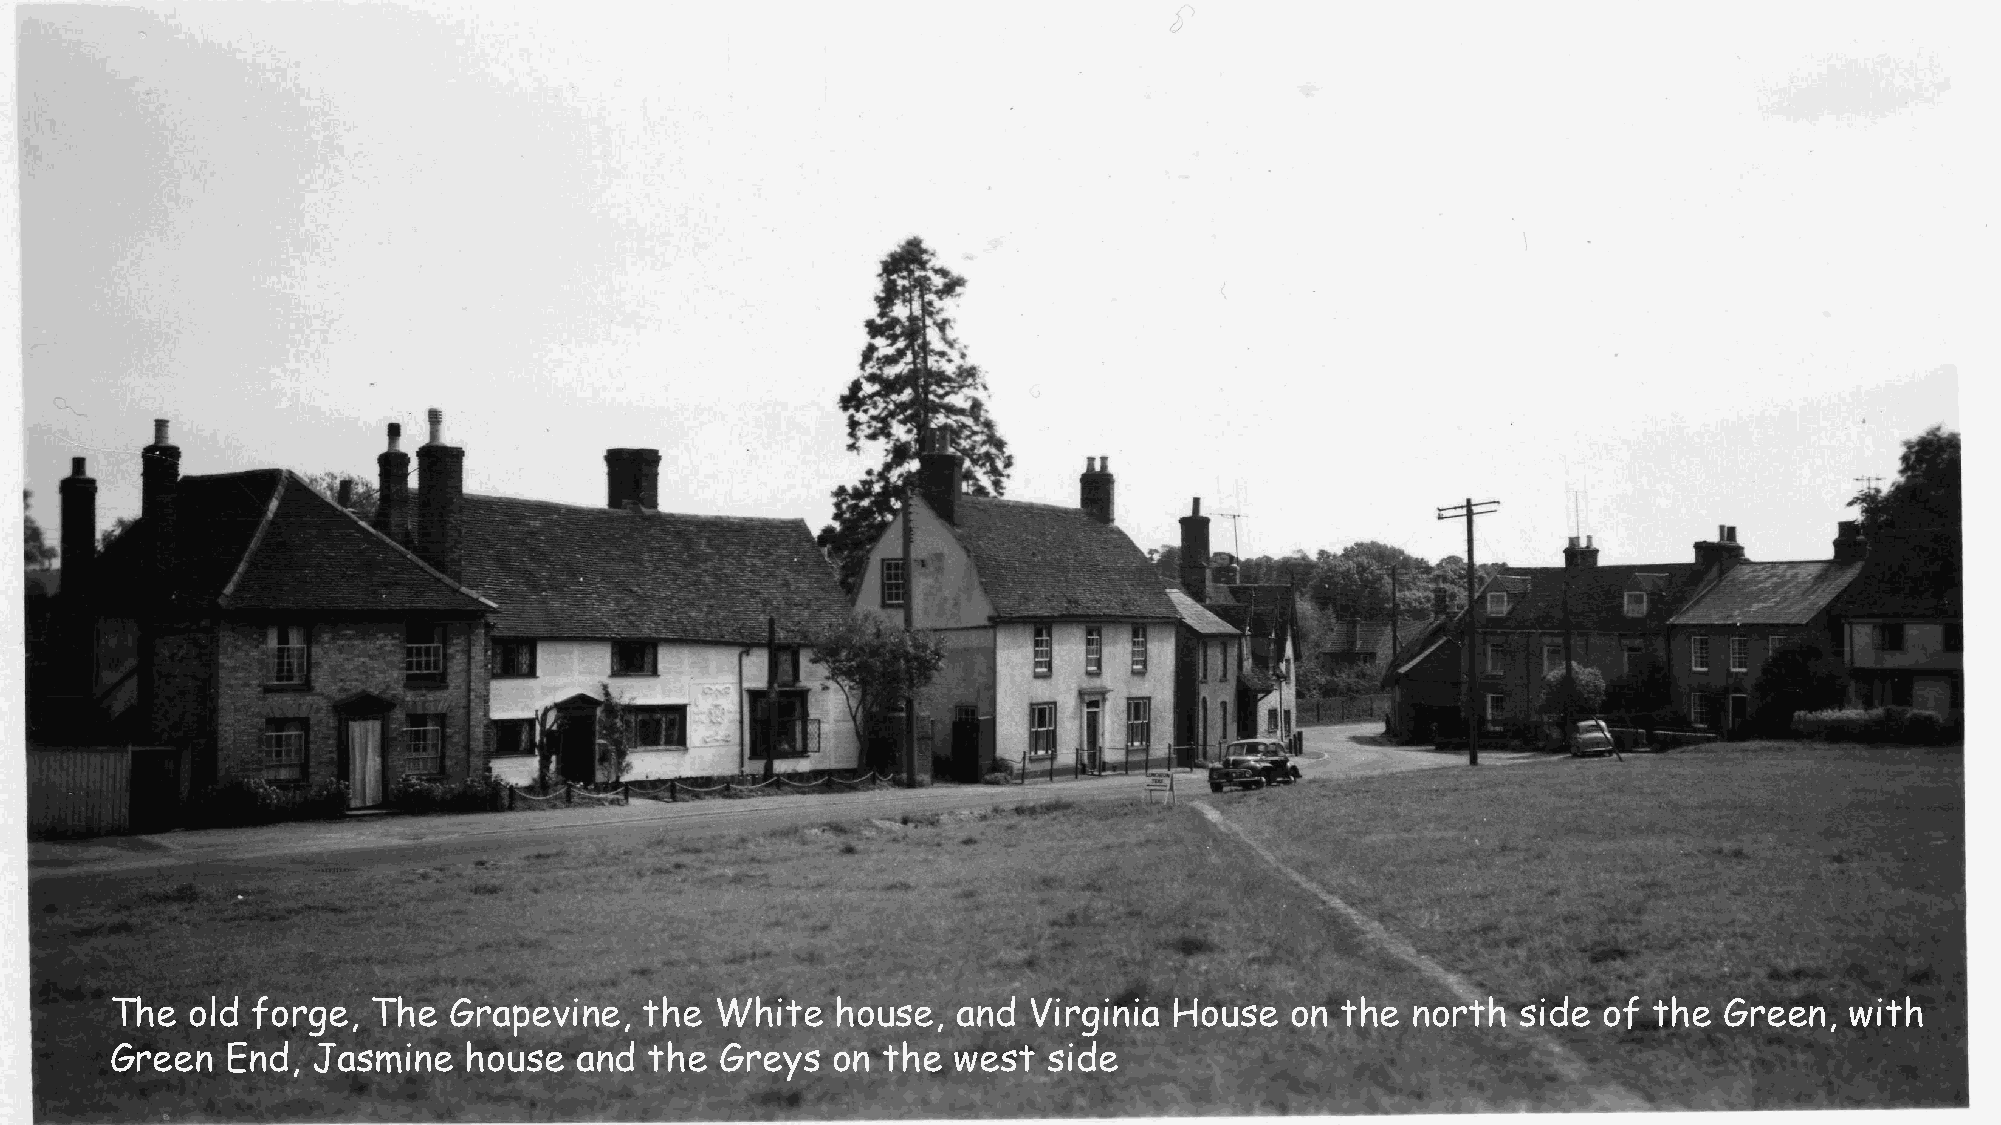
The  old  forge,  The  Grapevine,   the White   house,  and  Virginia  House  on  the north   side of the  Green,  with
 Green   End,  Jasmine   house  and  the  Greys  on the  west  side